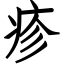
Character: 疹